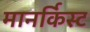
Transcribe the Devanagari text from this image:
मानर्किस्ट